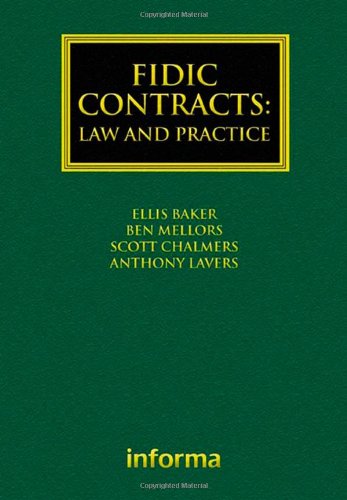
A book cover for FIDIC Contracts: Law and Practice (Construction Practice Series); Ellis Baker; Law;